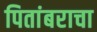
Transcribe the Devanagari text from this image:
पितांबराचा